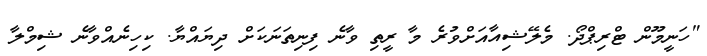
"ހަނީމޫން ޓްރިޕްދޯ. މެލޭޝިއާއަށްވުރެ މާ ރީތި ވާނެ ފިނިތަނަކަށް ދިޔައްޔާ. ކިހިނެއްވާނެ ޝިމްލާ